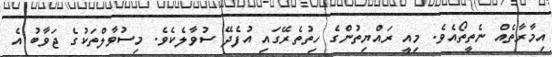
އިމާރާތެއް ނެތީތޯއެވެ. މިއީ ރައްޔިތުންގެ ހިތުތެރޭގައި އުފެދޭ ސުވާލެކެވެ. މިސުވާލްތަކުގެ ޖަވާބު އެ